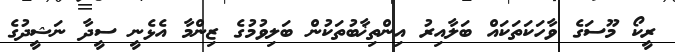
ރީކޯ މޫސަގެ ވާހަކަތަކައް ބަލާއިރު އިންތިޚާބުތަކުން ބަލިވުމުގެ ޒިންމާ އެޅެނީ ސީދާ ނަޝީދުގެ